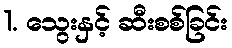
1. သွေးနှင့် ဆီးစစ်ခြင်း